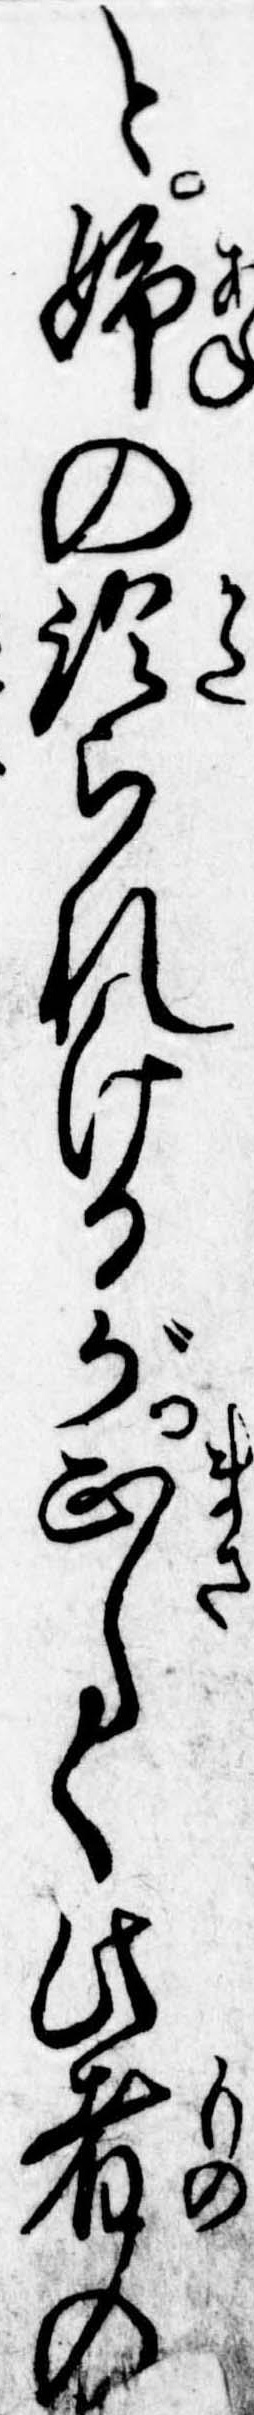
と姉の語られけるが正しく此者の